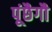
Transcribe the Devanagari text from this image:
पूंछैगौ